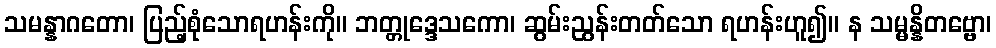
သမန္နာဂတော၊ ပြည့်စုံသောရဟန်းကို။ ဘတ္တုဒ္ဒေသကော၊ ဆွမ်းညွန်းတတ်သော ရဟန်းဟူ၍။ န သမ္မန္နိတဗ္ဗော၊